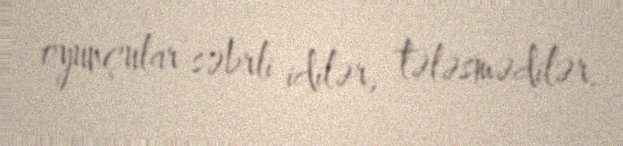
oyunçular səbrli idilər, tələsmədilər.